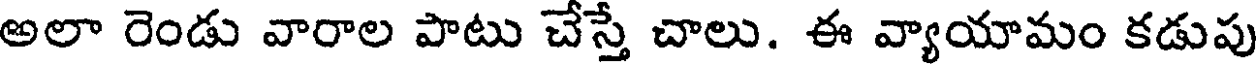
అలా రెండు వారాల పాటు చేస్తే చాలు. ఈ వ్యాయామం కడుపు